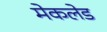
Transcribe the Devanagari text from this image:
मेकलेड